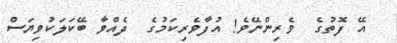
އޭ ފޮތުގެ  ވެރިންނޭވެ! އުފާވެރިކަމުގެ  ދެއްވާ ބޭކަލަކުވިޔަސް